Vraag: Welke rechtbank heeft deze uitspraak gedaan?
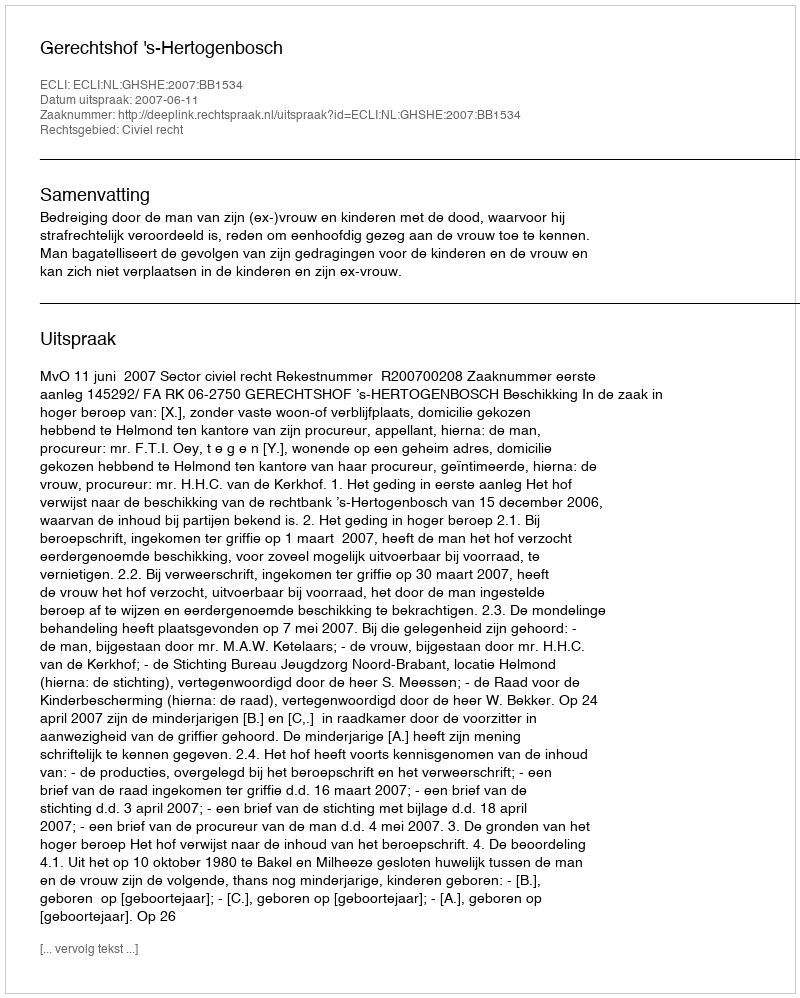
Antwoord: Gerechtshof 's-Hertogenbosch